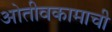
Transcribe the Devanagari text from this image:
ओतीवकामाची